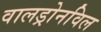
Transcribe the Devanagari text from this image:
वालड्रोनविल